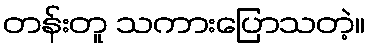
တန်းတူ သကားပြောသတဲ့။